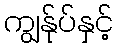
ကျွန်ုပ်နှင့်